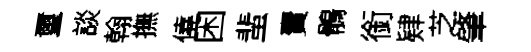
璽談翰撫僥困蜚賣鶻銜肄芝肇